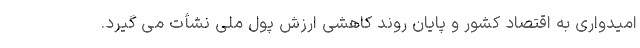
امیدواری به اقتصاد کشور و پایان روند کاهشی ارزش پول ملی نشأت می گیرد.